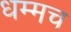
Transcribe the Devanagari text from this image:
धम्मच